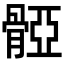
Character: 𩩤